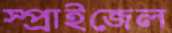
স্প্রাইজেল